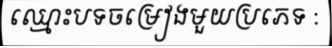
ឈ្មោះបទចម្រៀងមួយប្រភេទ :